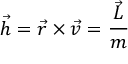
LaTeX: { \vec { h } } = { \vec { r } } \times { \vec { v } } = { \frac { \vec { L } } { m } }